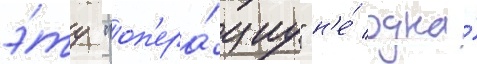
э́ту "оп'ера́циу" н'е́ одна́